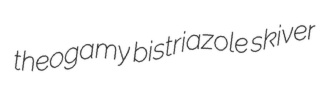
theogamy bistriazole skiver